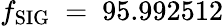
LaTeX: f_{\mathrm{SIG}}~=~95.992512